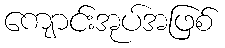
ကျောင်းအုပ်အဖြစ်